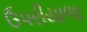
ઉપરીયાળા